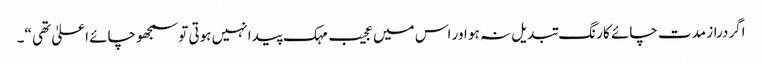
اگردراز مدت چائے کا رنگ تبدیل نہ ہو اور اس میں عجیب مہک پیدا نہیں ہوتی توسمجھوچائے اعلیٰ تھی “۔